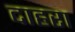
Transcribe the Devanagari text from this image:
दाहरा